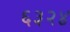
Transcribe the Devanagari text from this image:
६३२४